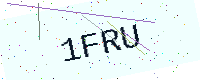
Text: 1FRU